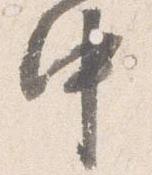
中